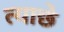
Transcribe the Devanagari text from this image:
त्याछे